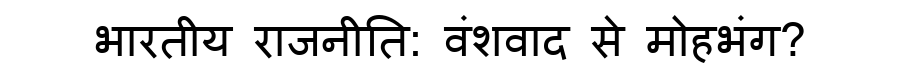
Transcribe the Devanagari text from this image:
भारतीय राजनीति: वंशवाद से मोहभंग?